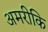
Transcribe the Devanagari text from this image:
अमरीकि